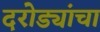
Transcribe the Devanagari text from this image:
दरोड्यांचा